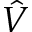
\hat { V }